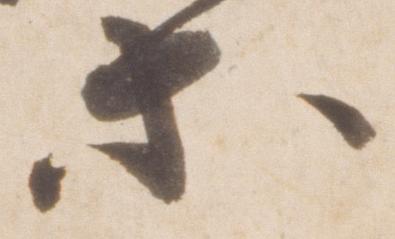
等